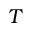
T